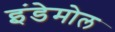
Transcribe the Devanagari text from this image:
इंडेमोल